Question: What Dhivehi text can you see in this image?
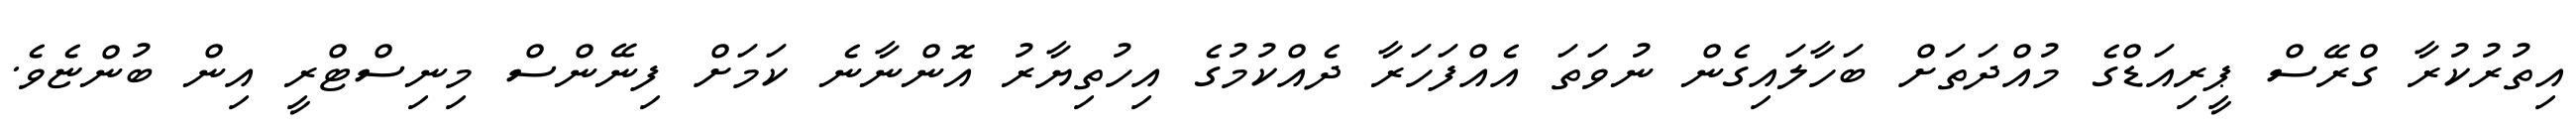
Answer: އިތުރުކުރާ ގްރޭސް ޕީރިއަޑްގެ މުއްދަތަށް ބަހާލައިގެން ނުވަތަ އެއްފަހަރާ ދެއްކުމުގެ އިހުތިޔާރު އޮންނާނެ ކަމަށް ފިނޭންސް މިނިސްޓްރީ އިން ބުންޏެވެ.